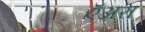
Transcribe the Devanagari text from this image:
ऍअरा